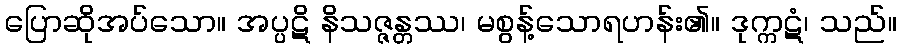
ပြောဆိုအပ်သော။ အပ္ပဋိ နိသဇ္ဇန္တဿ၊ မစွန့်သောရဟန်း၏။ ဒုက္ကဋံ၊ သည်။